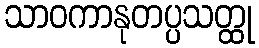
သာဝကာနုတပ္ပသတ္ထု